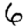
Digit: 6